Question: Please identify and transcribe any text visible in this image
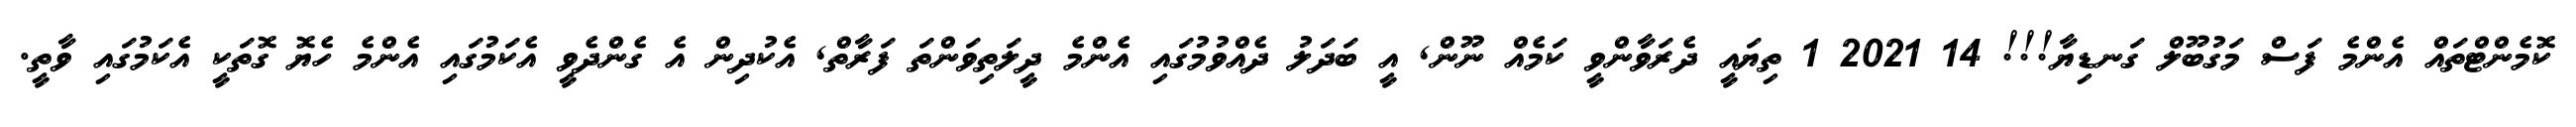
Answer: ކޮމެންޓްތައް އެންމެ ފަސް މަގުބޫލް ގަނޑިޔާ!!! 14 2021 1 ތިޔައީ ދެރަވާންވީ ކަމެއް ނޫން, އީ ބަދަލު ދެއްވުމުގައި އެންމެ ދީލަތިވަންތަ ފަރާތް, އެކުދިން އެ ގެންދެވީ އެކަމުގައި އެންމެ ހެޔޮ ގޮތަކީ އެކަމުގައި ވާތީ.